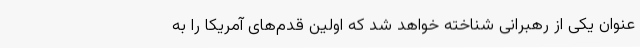
عنوان یکی از رهبرانی شناخته خواهد شد که اولین قدم‌های آمریکا را به